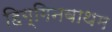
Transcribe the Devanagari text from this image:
हिग्गिनबाथम